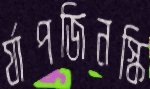
র‍্যাপজিনস্কি